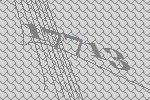
17713